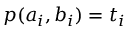
p ( a _ { i } , b _ { i } ) = t _ { i }